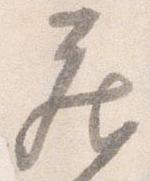
蔵